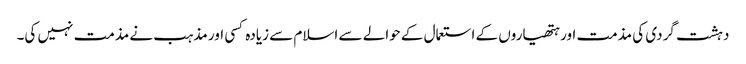
دہشت گردی کی مذمت اور ہتھیاروں کے استعمال کے حوالے سے اسلام سے زیادہ کسی اور مذہب نے مذمت نہیں کی۔